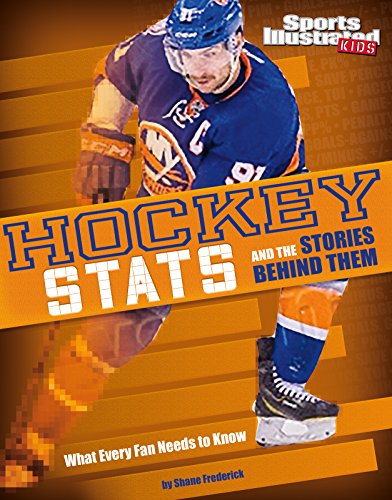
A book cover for Hockey Stats and the Stories Behind Them: What Every Fan Needs to Know (Sports Stats and Stories); Shane Frederick; Children's Books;